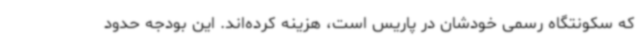
که سکونتگاه رسمی خودشان در پاریس است، هزینه کرده‌اند. این بودجه حدود